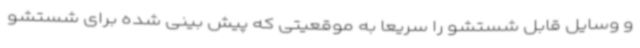
و وسایل قابل شستشو را سریعا به موقعیتی که پیش بینی شده برای شستشو